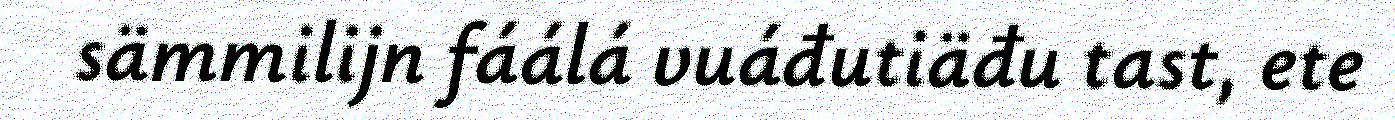
sämmilijn fáálá vuáđutiäđu tast, ete